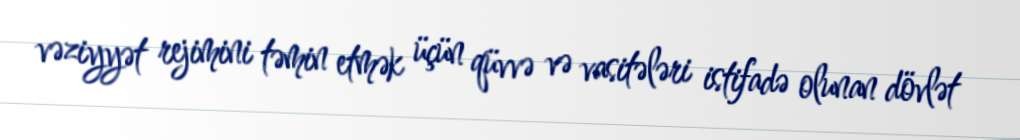
vəziyyət rejimini təmin etmək üçün qüvvə və vasitələri istifadə olunan dövlət